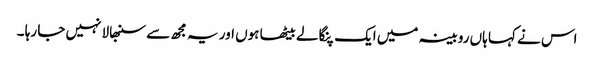
اس نے کہا ہاں روبینہ میں ایک پنگا لے بیٹھا ہوں اور یہ مجھ سے سنبھالا نہیں جا رہا ۔